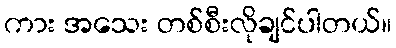
ကား အသေး တစ်စီးလိုချင်ပါတယ်။